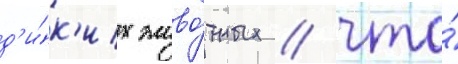
д'и́к'их живо́тных / что́